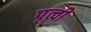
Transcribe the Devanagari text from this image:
पृत्वी